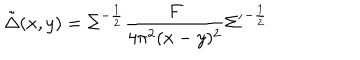
\tilde { \Delta } ( x , y ) = \Sigma ^ { - \frac { 1 } { 2 } } \frac { F } { 4 \pi ^ { 2 } ( x - y ) ^ { 2 } } { \Sigma ^ { \prime } } ^ { - \frac { 1 } { 2 } }